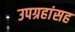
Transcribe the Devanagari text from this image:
उपग्रहांसह